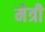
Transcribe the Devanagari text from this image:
मेत्री